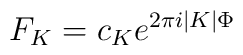
{F_K =  c_K e^{2\pi i |K| \Phi}}